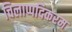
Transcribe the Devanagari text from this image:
चिलाप्पदिकरम